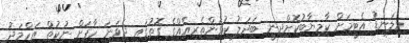
މިލަނޑު އެޓީމަށް ކާމިޔާބުކޮށްދިނީ ބަދަލު ކުޅުންތެރިއެއްގެ ގޮތުގައި ދެވަނަ ހާފަށް ނުކުތް އަހްމަދު